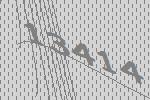
13414